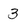
Character: 3